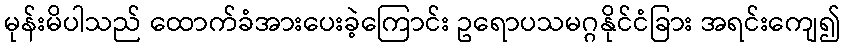
မုန်းမိပါသည် ထောက်ခံအားပေးခဲ့ကြောင်း ဥရောပသမဂ္ဂနိုင်ငံခြား အရင်းကျေ၍